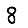
Digit: 8